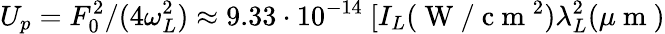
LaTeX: U_{p}=F_{0}^{2}/(4\omega_{L}^{2})\approx 9.33\cdot 10^{-14}\ [I_{L}(\mathrm{~W~}/\mathrm{~c~m~}^{2})\lambda_{L}^{2}(\mu\mathrm{~m~})